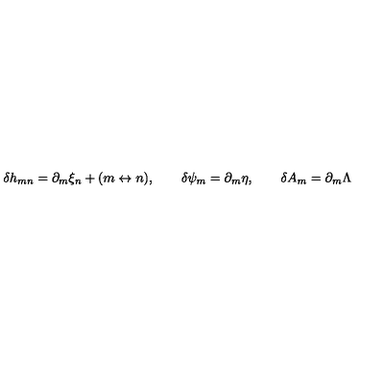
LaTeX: \delta h _ { m n } = \partial _ { m } \xi _ { n } + ( m \leftrightarrow n ) , \qquad \delta \psi _ { m } = \partial _ { m } \eta , \qquad \delta A _ { m } = \partial _ { m } \Lambda